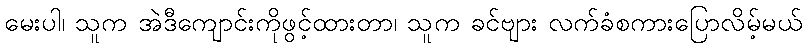
မေးပါ၊ သူက အဲဒီကျောင်းကိုဖွင့်ထားတာ၊ သူက ခင်ဗျား လက်ခံစကားပြောလိမ့်မယ်